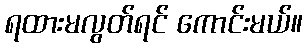
ရထားမလွတ်ရင် ကောင်းမယ်။